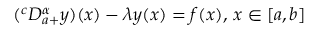
( ^ { c } D _ { a + } ^ { \alpha } y ) ( x ) - \lambda y ( x ) = f ( x ) , \, x \in [ a , b ]